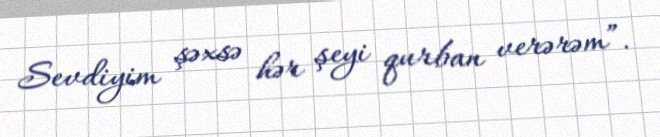
Sevdiyim şəxsə hər şeyi qurban verərəm”.